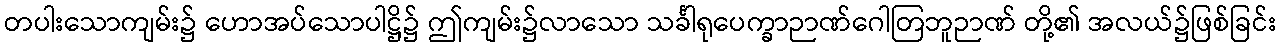
တပါးသောကျမ်း၌ ဟောအပ်သောပါဋ္ဌိ၌ ဤကျမ်း၌လာသော သင်္ခါရုပေက္ခာဉာဏ်ဂေါတြဘူဉာဏ် တို့၏ အလယ်၌ဖြစ်ခြင်း